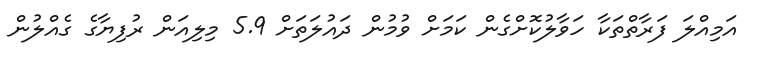
އަމިއްލަ ފަރާތްތަކާ ހަވާލުކޮށްގެން ކަމަށް ވުމުން ދައުލަތަށް 5.9 މިލިއަން ރުފިޔާގެ ގެއްލުން